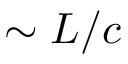
\sim L / c